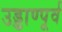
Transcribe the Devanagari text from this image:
उड्डाण्पूर्व